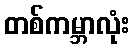
တစ်ကမ္ဘာလုံး